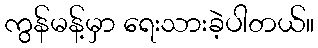
ကွန်မန့်မှာ ရေးသားခဲ့ပါတယ်။